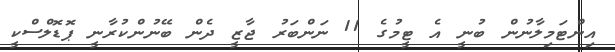
އިންޓަމިލާނުން ބުނީ އެ ޓީމުގެ 11 ނަންބަރު ޖާޒީ ދެން ބޭނުންކުރާނީ ޕޮޑޮލްސްކީ